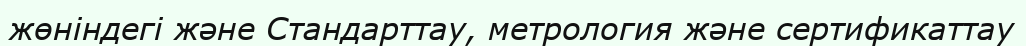
жөніндегі және Стандарттау, метрология және сертификаттау